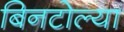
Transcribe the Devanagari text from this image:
बिनटोल्या